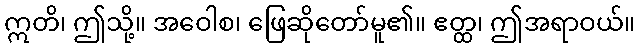
ဣတိ၊ ဤသို့။ အဝေါစ၊ ဖြေဆိုတော်မူ၏။ ဧတ္ထ၊ ဤအရာဝယ်။